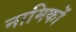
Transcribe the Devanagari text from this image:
नामिकों